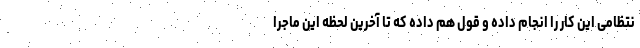
نتظامی این کار را انجام داده و قول هم داده که تا آخرین لحظه این ماجرا